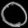
Digit: ၀